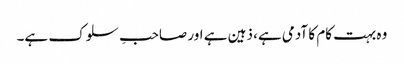
وہ بہت کام کا آدمی ہے، ذہین ہے اور صاحبِ سلوک ہے۔